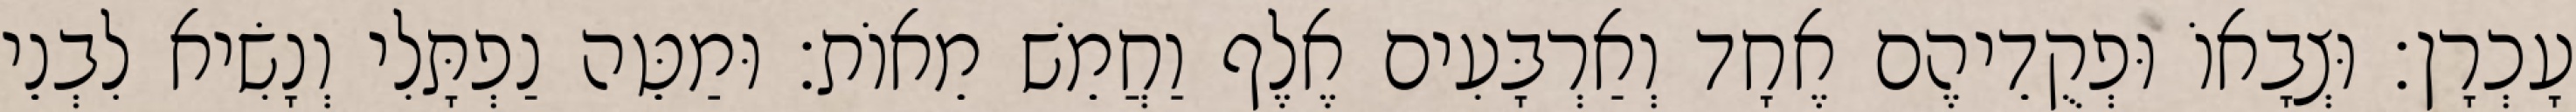
עָכְרָן׃ וּצְבָאוֹ וּפְקֻדֵיהֶם אֶחָד וְאַרְבָּעִים אֶלֶף וַחֲמֵשׁ מֵאוֹת׃ וּמַטֵּה נַפְתָּלִי וְנָשִׂיא לִבְנֵי